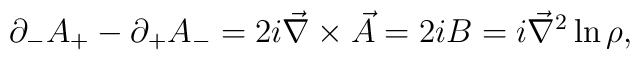
\partial_- A_+ -  \partial_+ A_- =  2i \vec{\nabla} \times {\vec{A}} =  2i B =  i \vec{\nabla}^2 \ln \rho ,